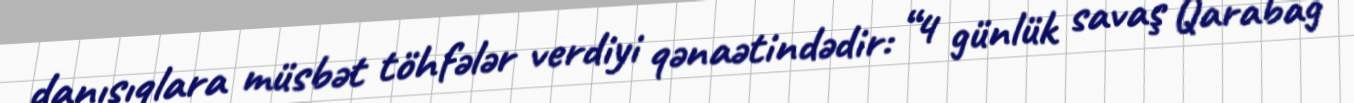
danışıqlara müsbət töhfələr verdiyi qənaətindədir: “4 günlük savaş Qarabağ